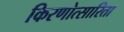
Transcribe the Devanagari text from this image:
किरणोत्सारिता